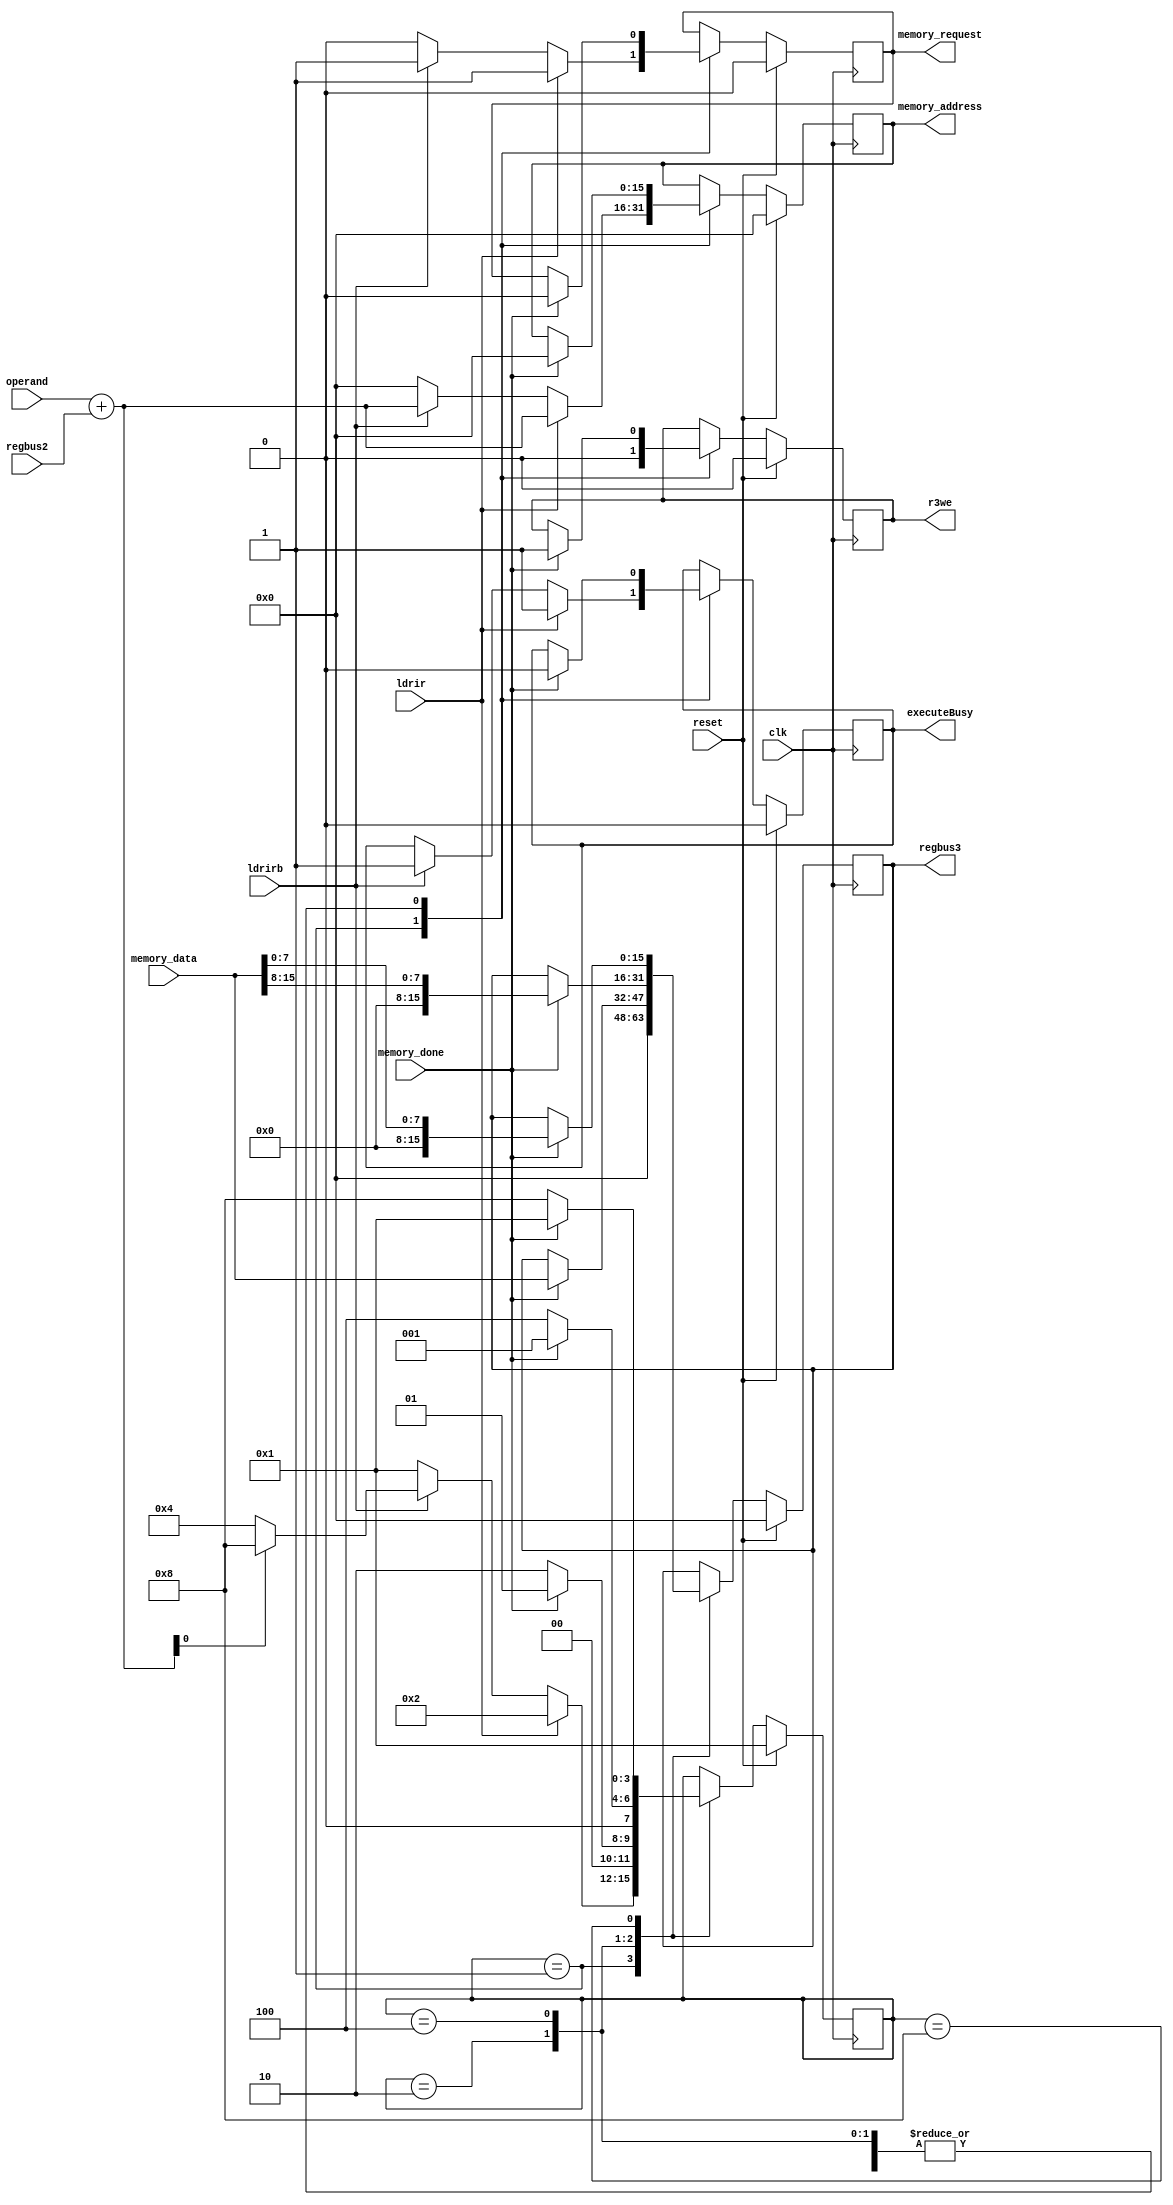
`timescale 1ns / 1ps
///////////////////////////////////////////////////////////////////////////////
// Company: 
// Engineer: 
// 
// Design Name: 
// Module Name:    instr_ldrir 
// Project Name: 
// Target Devices: 
// Tool versions: 
// Description: 
//
// Dependencies: 
//
// Revision: 
// Revision 0.01 - File Created
// Additional Comments: 
//
///////////////////////////////////////////////////////////////////////////////
module instr_ldrir
  ( clk, reset, ldrir, ldrirb, executeBusy, operand, regbus2,
    r3we, regbus3, memory_address, memory_data,
    memory_request, memory_done);

   input         clk;
   input         reset;
   input         ldrir;
   input         ldrirb;
   output        executeBusy;
   input [15:0]  operand;
   input [15:0]  regbus2;
   output        r3we;
   output [15:0] regbus3;
   output [15:0] memory_address;
   input [15:0]  memory_data;
   output        memory_request;
   input         memory_done;

   reg           executeBusy;
   reg [15:0]    memory_address;
   reg           memory_request;
   reg [15:0]    regbus3;
   reg           r3we;

   parameter [3:0]
     idle            = 4'b0001,
     waitForMemRead  = 4'b0010,
     waitForMemReadu = 4'b0100,
     waitForMemReadl = 4'b1000;
   
   (* FSM_ENCODING="ONE-HOT", SAFE_IMPLEMENTATION="NO" *)
   reg [3:0]     state;

   wire [15:0] address_sum = operand + regbus2;

   always @(posedge clk) begin
      if (reset) begin
         executeBusy <= 1'b0;
         memory_address <= 16'b0;
         memory_request <= 1'b0;
         regbus3 <= 16'b0;
         r3we <= 1'b0;
         state <= idle;
      end else begin
         (* FULL_CASE, PARALLEL_CASE *)
         case (state)
           idle : begin
              regbus3 <= 16'b0;
              r3we <= 1'b0;
              if (ldrir) begin
                 executeBusy <= 1'b1;
                 memory_address <= address_sum;
                 memory_request <= 1'b1;
                 state <= waitForMemRead;
              end else if (ldrirb) begin
                 executeBusy <= 1'b1;
                 // note that the memory discards bottom bit anyway.
                 memory_address <= address_sum;
                 memory_request <= 1'b1;
                 if (address_sum[0] == 0)
                   state <= waitForMemReadu;
                 else
                   state <= waitForMemReadl;
              end else begin
                 memory_address <= 16'b0;
                 memory_request <= 1'b0;
                 state <= idle;
              end
           end
           waitForMemRead : begin
              if (memory_done) begin
                 executeBusy <= 1'b0;
                 memory_address <= 16'b0;
                 memory_request <= 1'b0;
                 regbus3 <= memory_data;
                 r3we <= 1'b1;
                 state <= idle;
              end else begin
                 state <= waitForMemRead;
              end
           end
           waitForMemReadu : begin
              if (memory_done) begin
                 executeBusy <= 1'b0;
                 memory_address <= 16'b0;
                 memory_request <= 1'b0;
                 regbus3 <= { 8'b0, memory_data[15:8] };
                 r3we <= 1'b1;
                 state <= idle;
              end else begin
                 state <= waitForMemReadu;
              end
           end
           waitForMemReadl : begin
              if (memory_done) begin
                 executeBusy <= 1'b0;
                 memory_address <= 16'b0;
                 memory_request <= 1'b0;
                 regbus3 <= { 8'b0, memory_data[7:0] };
                 r3we <= 1'b1;
                 state <= idle;
              end else begin
                 state <= waitForMemReadl;
              end
           end
         endcase
      end
   end

endmodule